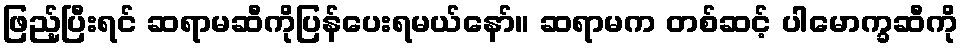
ဖြည့်ပြီးရင် ဆရာမဆီကိုပြန်ပေးရမယ်နော်။ ဆရာမက တစ်ဆင့် ပါမောက္ခဆီကို